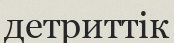
детриттік